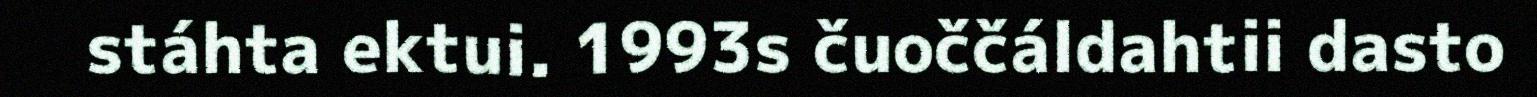
stáhta ektui. 1993s čuoččáldahtii dasto